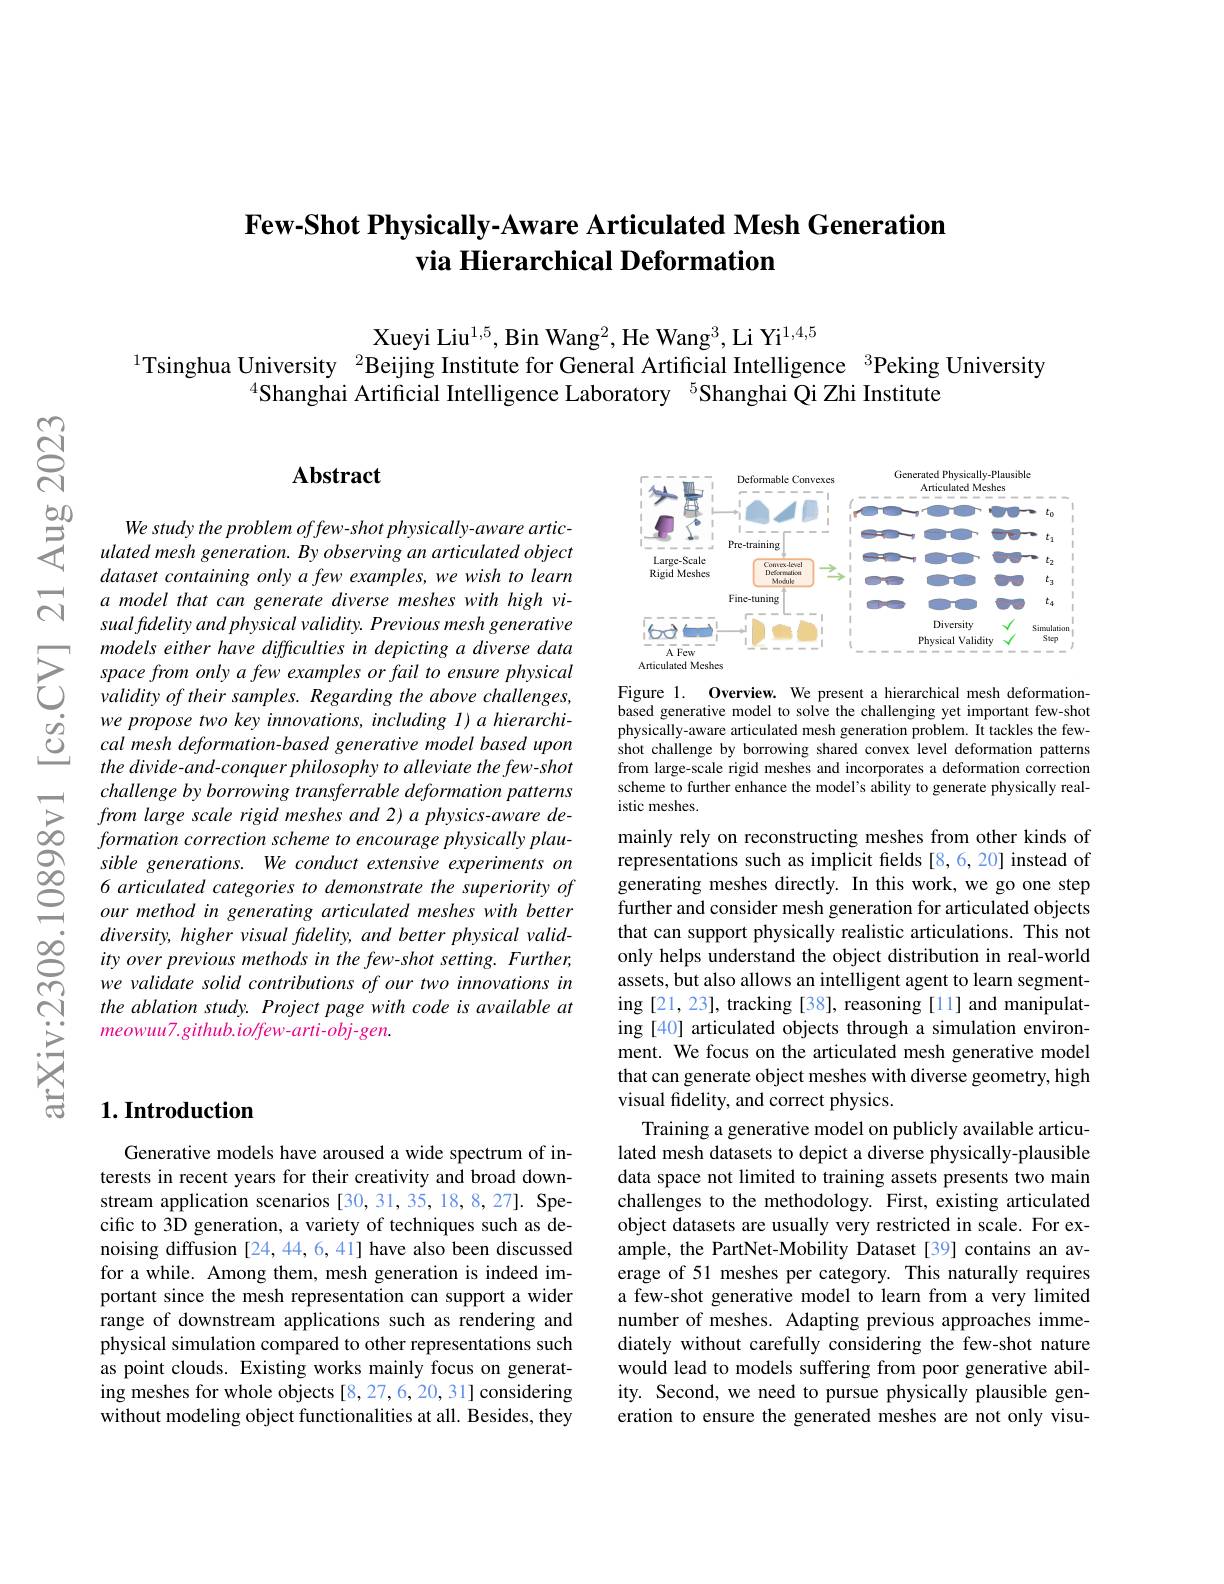
## Few-Shot Physically-Aware Articulated Mesh Generation via Hierarchical Deformation

Xueyi Liu$^{1,5}$, Bin Wang$^2$, He Wang$^3$, Li Yi$^{1,4,5}$
$^{1}$Tsinghua University $^{2}$Beijing Institute for General Artificial Intelligence $^{3}$Peking University
$^{4}$Shanghai Artificial Intelligence Laboratory $^{5}$Shanghai Qi Zhi Institute

### $\mathbf{Abstract}$

<FigureHere>

Figure 1. Overview. We present a hierarchical mesh deformationbased generative model to solve the challenging yet important few-shot physically-aware articulated mesh generation problem. It tackles the fewshot challenge by borrowing shared convex level deformation patterns from large-scale rigid meshes and incorporates a deformation correction scheme to further enhance the model's ability to generate physically realistic meshes.

We study the problem offew-shot physically-aware articulated mesh generation. By observing an articulated object dataset containing only a few examples, we wish to learn a model that can generate diverse meshes with high visual fdelity and physical validity. Previous mesh generative models either have difficulties in depicting a diverse data space from only a few examples or fail to ensure physical validity of their samples. Regarding the above challenges, we propose two key innovations, including I) a hierarchical mesh deformation-based generative model based upon the divide-and-conquer philosophy to alleviate the few-shot challenge by borrowing transferrable deformation patterns from large scale rigid meshes and 2) a physics-aware deformation correction scheme to encourage physically plausible generations. We conduct extensive experiments on 6 articulated categories to demonstrate the superiority of our method in generating articulated meshes with better diversity, higher visual fidelity, and better physical validity over previous methods in the few-shot setting. Further, we validate solid contributions of our two innovations in the ablation study. Project page with code is available at meowuu7.github.io/few-arti-obj-gen.

## $1. \textbf{Introduction}$

mainly rely on reconstructing meshes from other kinds of representations such as implicit fields [8,6,20] instead of generating meshes directly. In this work, we go one step further and consider mesh generation for articulated objects that can support physically realistic articulations. This not only helps understand the object distribution in real-world assets, but also allows an intelligent agent to learn segment- $\operatorname{ing}[21,23]$, tracking [38], reasoning [11] and manipulating [40] articulated objects through a simulation environment. We focus on the articulated mesh generative model that can generate object meshes with diverse geometry, high visual fidelity, and correct physics.
Training a generative model on publicly available articulated mesh datasets to depict a diverse physically-plausible data space not limited to training assets presents two main challenges to the methodology. First, existing articulated object datasets are usually very restricted in scale. For example, the PartNet-Mobility Dataset[39] contains an average of 51 meshes per category. This naturally requires a few-shot generative model to learn from a very limited number of meshes. Adapting previous approaches immediately without carefully considering the few-shot nature would lead to models suffering from poor generative ability. Second, we need to pursue physically plausible generation to ensure the generated meshes are not only visu-

Generative models have aroused a wide spectrum of interests in recent years for their creativity and broad downstream application scenarios [30,31,35,18,8,27]. Specific to 3D generation, a variety of techniques such as denoising diffusion [24,44,6,41] have also been discussed for a while. Among them, mesh generation is indeed important since the mesh representation can support a wider range of downstream applications such as rendering and physical simulation compared to other representations such as point clouds. Existing works mainly focus on generating meshes for whole objects [8,27,6,20,31] considering without modeling object functionalities at all. Besides, they